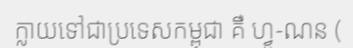
ក្លាយទៅជាប្រទេសកម្ពុជា គឺ ហ្វូ-ណន (